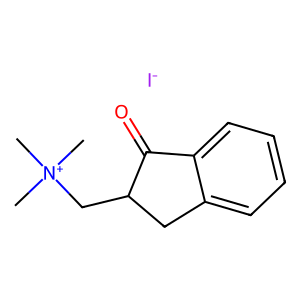
SMILES: C[N+](C)(C)CC1Cc2ccccc2C1=O.[I-]
Inhibits HIV replication: No